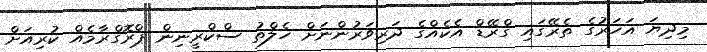
މިދިޔަ އަހަރުގެ ތެރޭގައި ގްރޭޑް އެކެއްގެ ދަރިވަރުންނަށް ހެލްތު ސްކްރީނިން ޕްރޮގްރާމެއް ކުރިއަށް